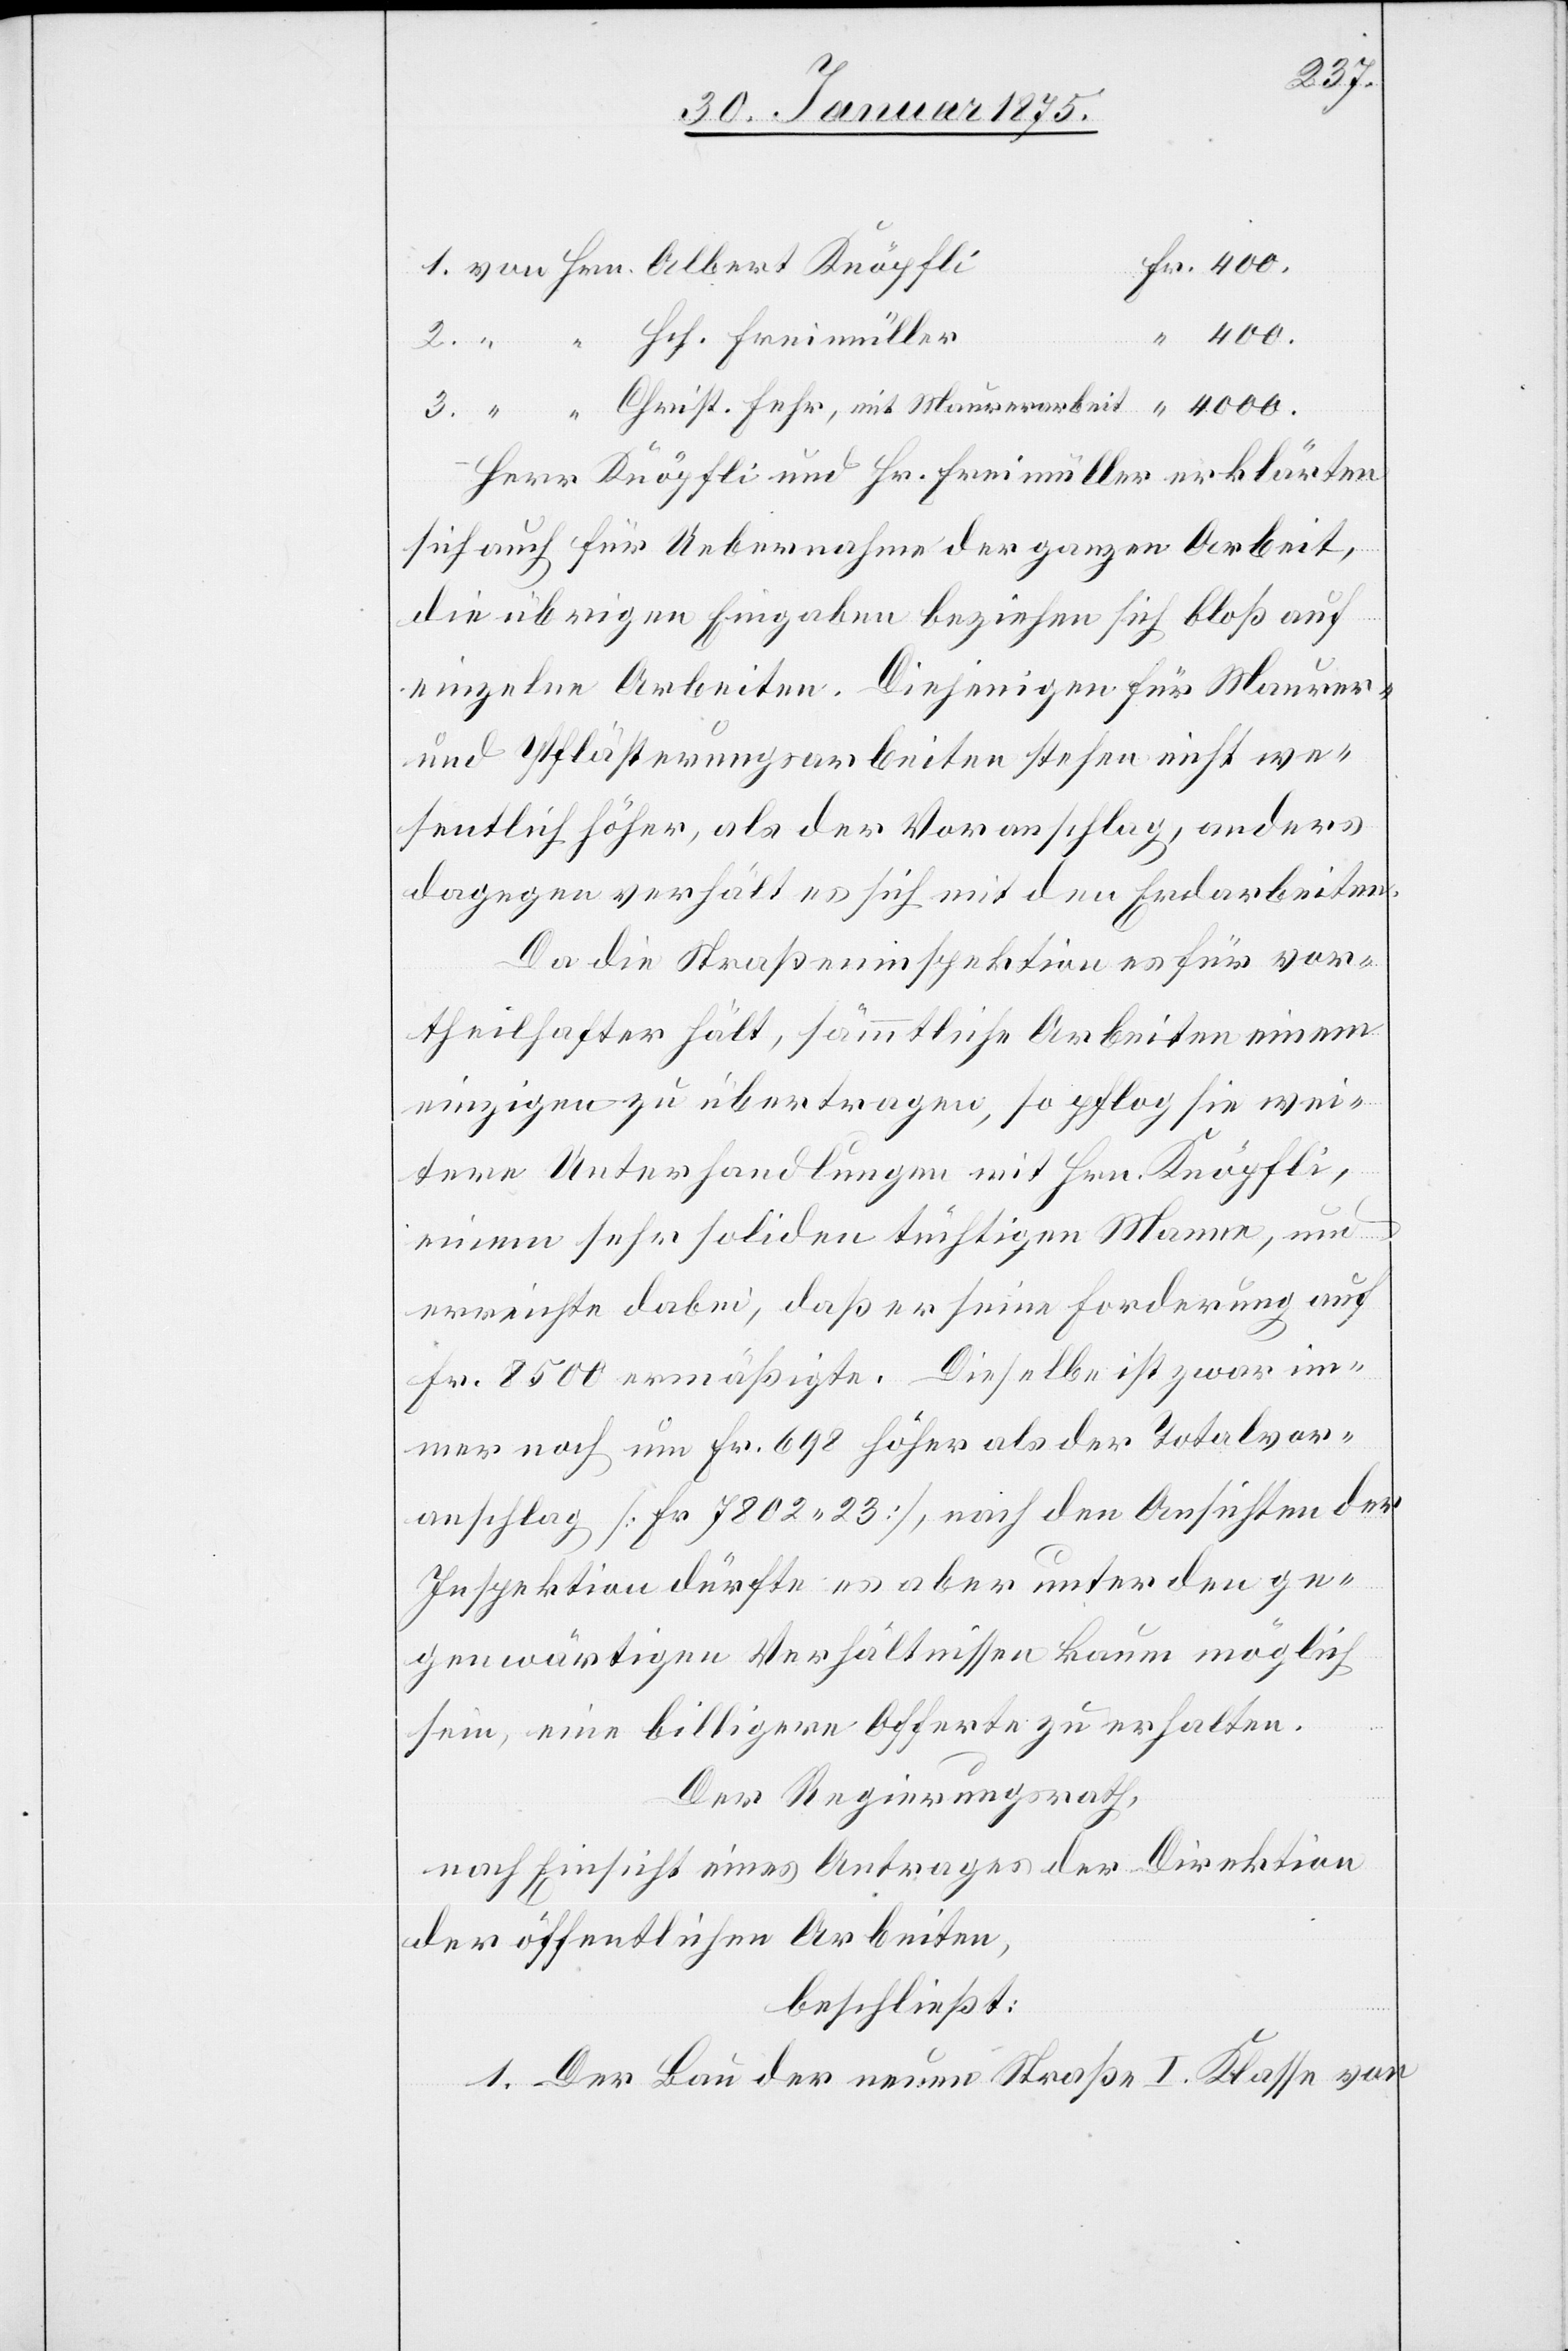
von Hrn. Albert Knöpfli
“ “ Hch. Freimüller
Herr Knöpfli und Hr. Freimüller erklärten
sich auch für Uebernahme der ganzen Arbeit,
die übrigen Eingaben beziehen sich bloß auf
einzelne Arbeiten. Diejenigen für Maurer-
und Pflästerungsarbeiten stehen nicht we¬
sentlich höher, als der Voranschlag, anders
dagegen verhält es sich mit den Erdarbeiten.
Da die Straßeninspektion es für vor¬
theilhafter hält, sämmtliche Arbeiten einem
einzigen zu übertragen, so pflog sie wei¬
tere Unterhandlungen mit Hrn. Knöpfli,
einem sehr soliden tüchtigen Manne, und
erreichte dabei, daß er seine Forderung auf
Fr. 8500 ermäßigte. Dieselbe ist zwar im¬
mer noch um Fr. 698 höher als der Total¬
anschlag (Fr. 7802. 23), nach den Ansichten der
Inspektion dürfte es aber unter den ge¬
genwärtigen Verhältnissen kaum möglich
sein, eine billigere Offerte zu erhalten.
Der Regierungsrath,
nach Einsicht eines Antrages der Direktion
der öffentlichen Arbeiten,
beschließt:
1. Der Bau der neuen Straße I. Klasse von